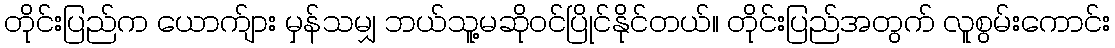
တိုင်းပြည်က ယောက်ျား မှန်သမျှ ဘယ်သူ့မဆိုဝင်ပြိုင်နိုင်တယ်။ တိုင်းပြည်အတွက် လူစွမ်းကောင်း